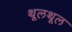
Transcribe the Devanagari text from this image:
थूलथूल